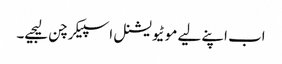
اب اپنے لیے موٹیویشنل اسپیکر چن لیجیے۔